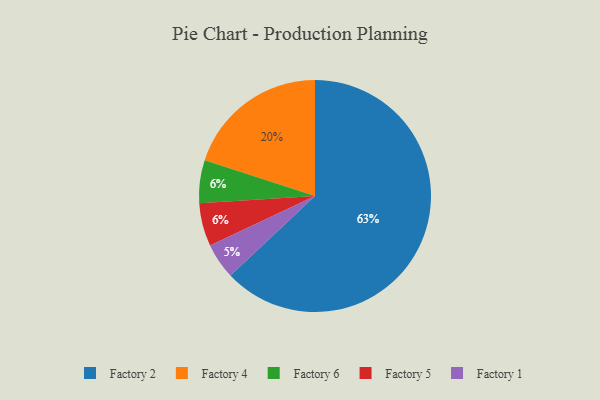
{"axis": {"x": "Category", "y": "Percentage"}, "legend": ["Factory 1", "Factory 2", "Factory 4", "Factory 5", "Factory 6"], "data": [{"x": "Factory 1", "y": 5, "type": "Factory 1"}, {"x": "Factory 4", "y": 20, "type": "Factory 4"}, {"x": "Factory 2", "y": 63, "type": "Factory 2"}, {"x": "Factory 6", "y": 6, "type": "Factory 6"}, {"x": "Factory 5", "y": 6, "type": "Factory 5"}]}